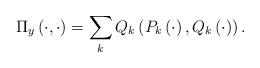
LaTeX: \begin{align*}\Pi_y\left( \cdot , \cdot \right)= \sum_k Q_k \left( P_k \left( \cdot \right) , Q_k \left( \cdot \right) \right).\end{align*}